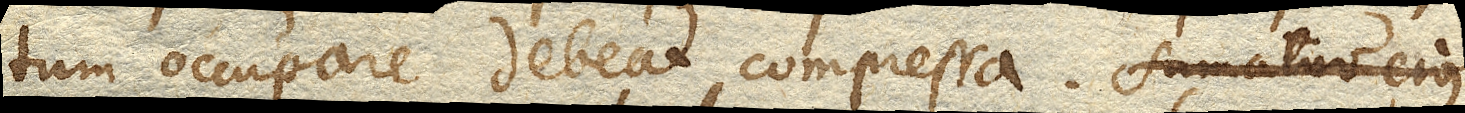
tum occupare debeat compressa. Sumatur ejus